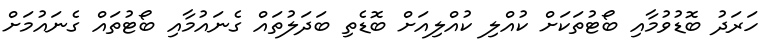
ހަރަދު ބޮޑުވުމާއި ބޯޓުތަކަށް ކުއްލި ކުއްލިއަށް ބޮޑެތި ބަދަލުތައް ގެނައުމާއި ބޯޓުތައް ގެނައުމަށް